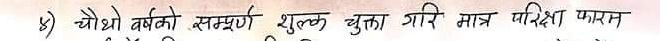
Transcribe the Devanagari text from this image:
चौथो वर्षको सम्पुर्ण शुल्क चुक्ता गरि मात्र परिक्षा फारम